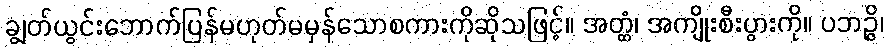
ချွတ်ယွင်းဘောက်ပြန်မဟုတ်မမှန်သောစကားကိုဆိုသဖြင့်။ အတ္ထံ၊ အကျိုးစီးပွားကို။ ပဘဉ္ဇိ၊